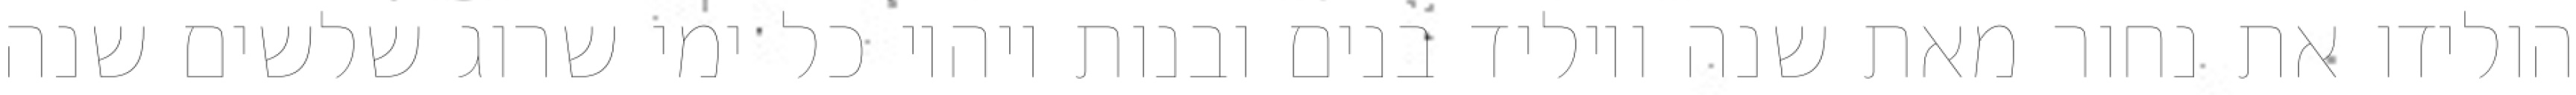
הולידו את נחור מאת שנה ויוליד בנים ובנות ויהיו כל ימי שרוג שלשים שנה